Indian journal of veterinary science and animal husbandry - Volume 2,
Year: 1932
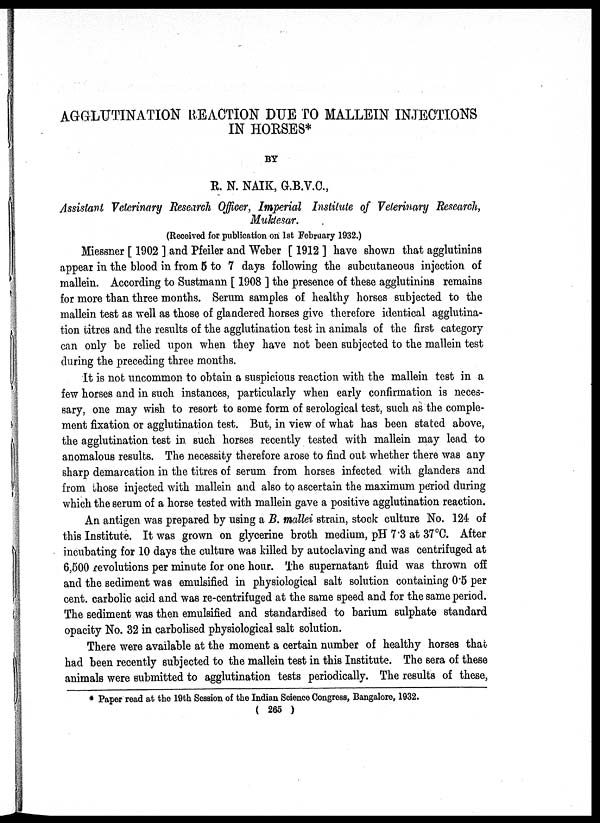
AGGLUTINATION REACTION DUE TO MALLEIN INJECTIONS
IN HORSES*
BY
R. N. NAIK, G.B.V.C.,
Assistant Veterinary Research Officer, Imperial Institute of Veterinary Research,
Muktesar.
(Received for publication on 1st February 1932.)
Miessner [ 1902 ] and Pfeiler and Weber [ 1912 ] have shown that agglutinins
appear in the blood in from 5 to 7 days following the subcutaneous injection of
mallein. According to Sustmann [ 1908 ] the presence of these agglutinins remains
for more than three months. Serum samples of healthy horses subjected to the
mallein test as well as those of glandered horses give therefore identical agglutina-
tion titres and the results of the agglutination test in animals of the first category
can only be relied upon when they have not been subjected to the mallein test
during the preceding three months.
It is not uncommon to obtain a suspicious reaction with the mallein test in a
few horses and in such instances, particularly when early confirmation is neces-
sary, one may wish to resort to some form of serological test, such as the comple-
ment fixation or agglutination test. But, in view of what has been stated above,
the agglutination test in such horses recently tested with mallein may lead to
anomalous results. The necessity therefore arose to find out whether there was any
sharp demarcation in the titres of serum from horses infected with glanders and
from those injected with mallein and also to ascertain the maximum period during
which the serum of a horse tested with mallein gave a positive agglutination reaction.
An antigen was prepared by using a B. mallei strain, stock culture No. 124 of
this Institute. It was grown on glycerine broth medium, pH 7.3 at 37 °C. After
incubating for 10 days the culture was killed by autoclaving and was centrifuged at
6,500 revolutions per minute for one hour. The supernatant fluid was thrown off
and the sediment was emulsified in physiological salt solution containing 0.5 per
cent. carbolic acid and was re-centrifuged at the same speed and for the same period.
The sediment was then emulsified and standardised to barium sulphate standard
opacity No. 32 in carbolised physiological salt solution.
There were available at the moment a certain number of healthy horses that
had been recently subjected to the mallein test in this Institute. The sera of these
animals were submitted to agglutination tests periodically. The results of these,
* Paper read at the 19th Session of the Indian Science Congress, Bangalore, 1932.
( 265 )